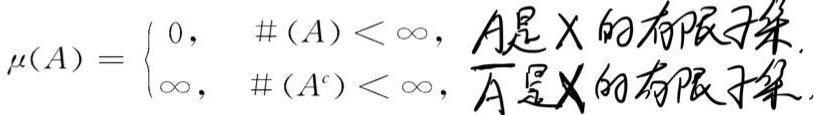
\[
\mu(A)=
\begin{cases}
0, & \#(A)<\infty, \quad A\text{ 是 }X\text{ 的有限子集}\\
\infty, & \#(A^c)<\infty, \quad \overline{A}\text{ 是 }X\text{ 的有限子集}
\end{cases}
\]